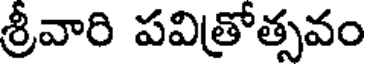
శ్రీవారి పవిత్రోత్సవం